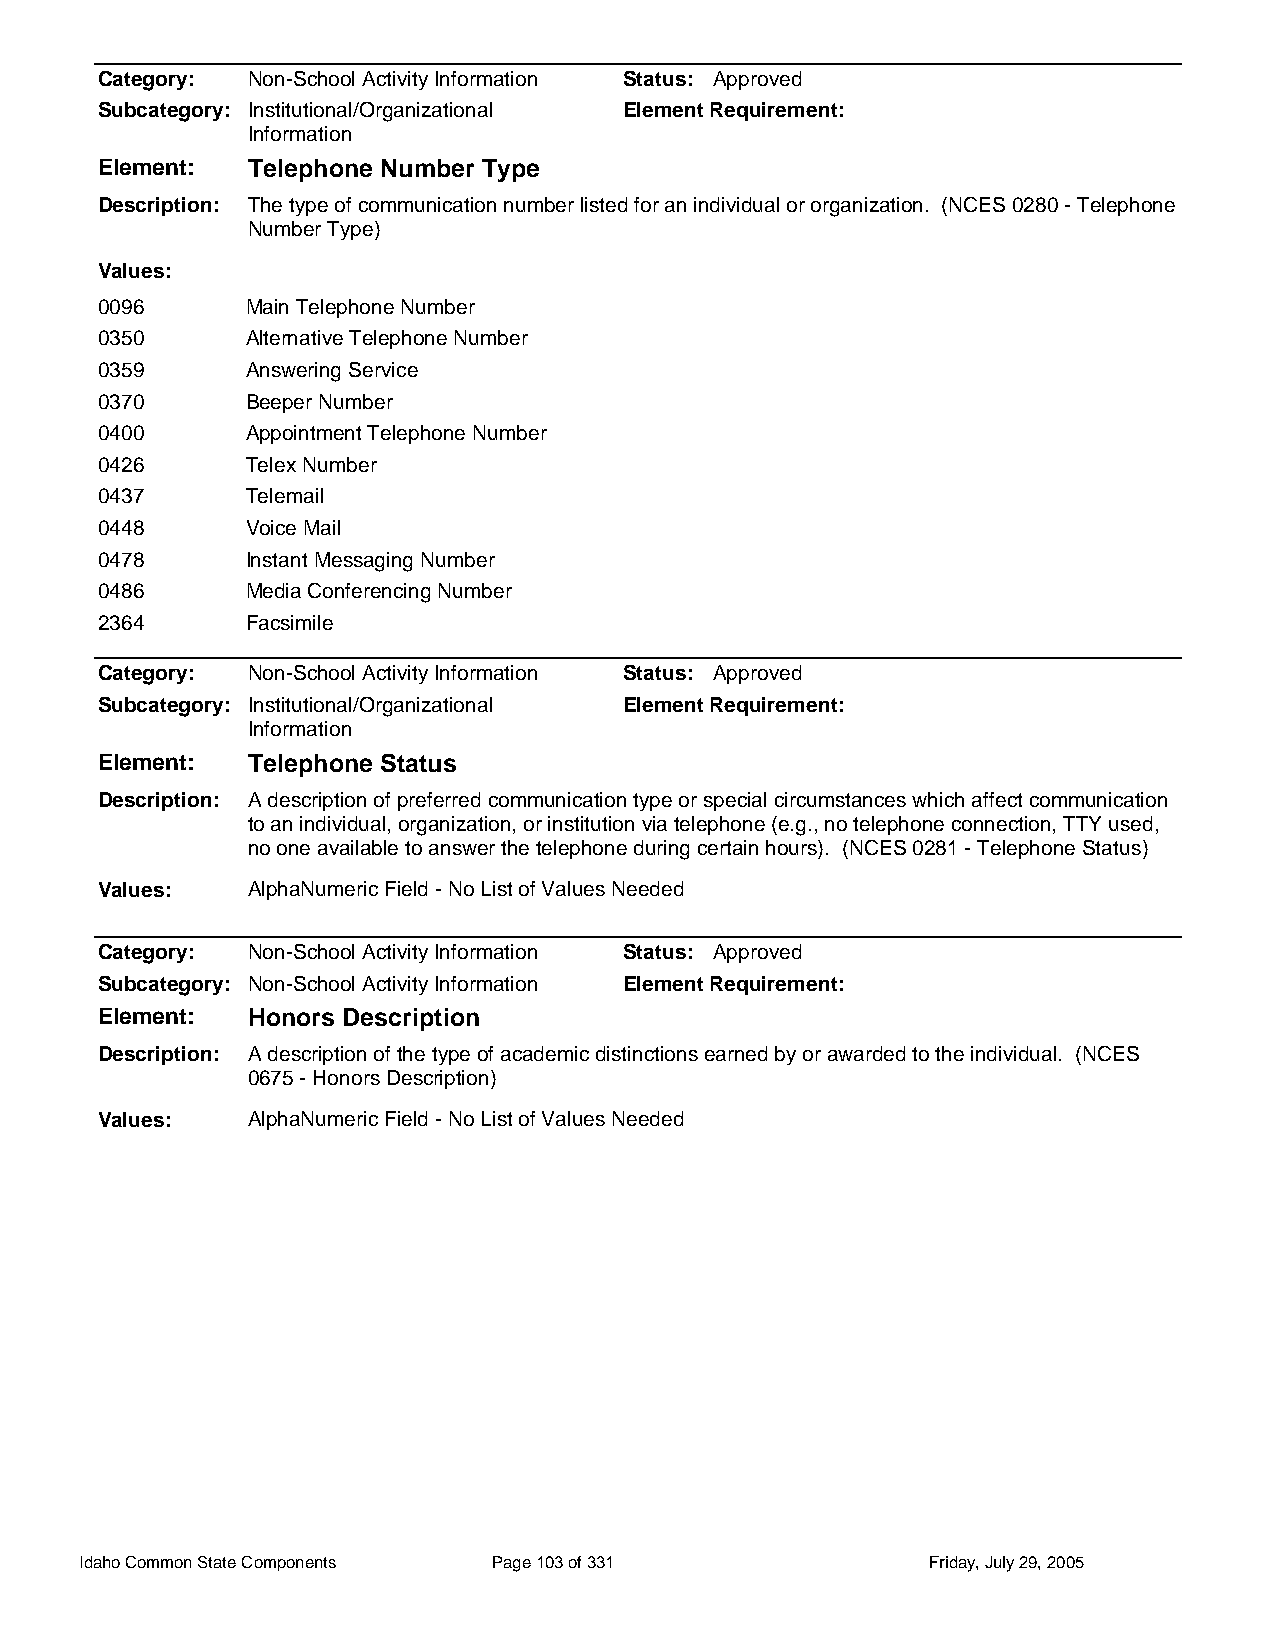
Category: Non-School Activity Information Status: Approved
 Subcategory: Institutional/Organizational Element Requirement:
 Information
 Element:  Telephone Number Type
 Description: The type of communication number listed for an individual or organization. (NCES 0280 - Telephone
 Number Type)
 Values:
 0096      Main Telephone Number
 0350      Alternative Telephone Number
 0359      Answering Service
 0370      Beeper Number
 0400      Appointment Telephone Number
 0426      Telex Number
 0437      Telemail
 0448      Voice Mail
 0478      Instant Messaging Number
 0486      Media Conferencing Number
 2364      Facsimile
 Category: Non-School Activity Information Status: Approved
 Subcategory: Institutional/Organizational Element Requirement:
 Information
 Element:  Telephone Status
 Description: A description of preferred communication type or special circumstances which affect communication
 to an individual, organization, or institution via telephone (e.g., no telephone connection, TTY used,
 no one available to answer the telephone during certain hours). (NCES 0281 - Telephone Status)
 Values:   AlphaNumeric Field - No List of Values Needed
 Category: Non-School Activity Information Status: Approved
 Subcategory: Non-School Activity Information Element Requirement:
 Element:  Honors Description
 Description: A description of the type of academic distinctions earned by or awarded to the individual. (NCES
 0675 - Honors Description)
 Values:   AlphaNumeric Field - No List of Values Needed
 Idaho Common State Components Page 103 of 331           Friday, July 29, 2005